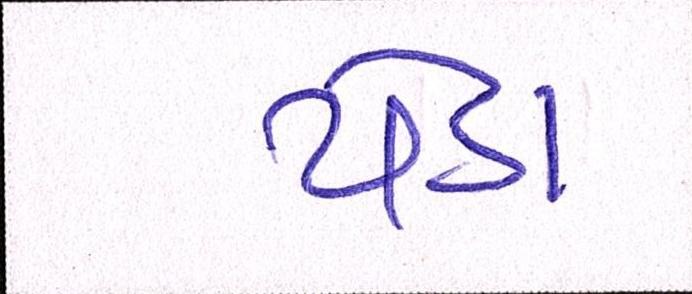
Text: ચેડા